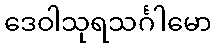
ဒေဝါသုရသင်္ဂါမော